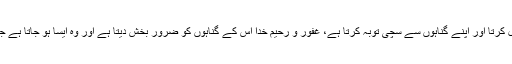
پس جو سچے دل سے مجھے قبول کرتا اور اپنے گناہوں سے سچی توبہ کرتا ہے، غفور و رحیم خدا اُس کے گناہوں کو ضرور بخش دیتا ہے اور وہ ایسا ہو جاتا ہے جیسے ماں کے پیٹ سے نکلا ہے۔